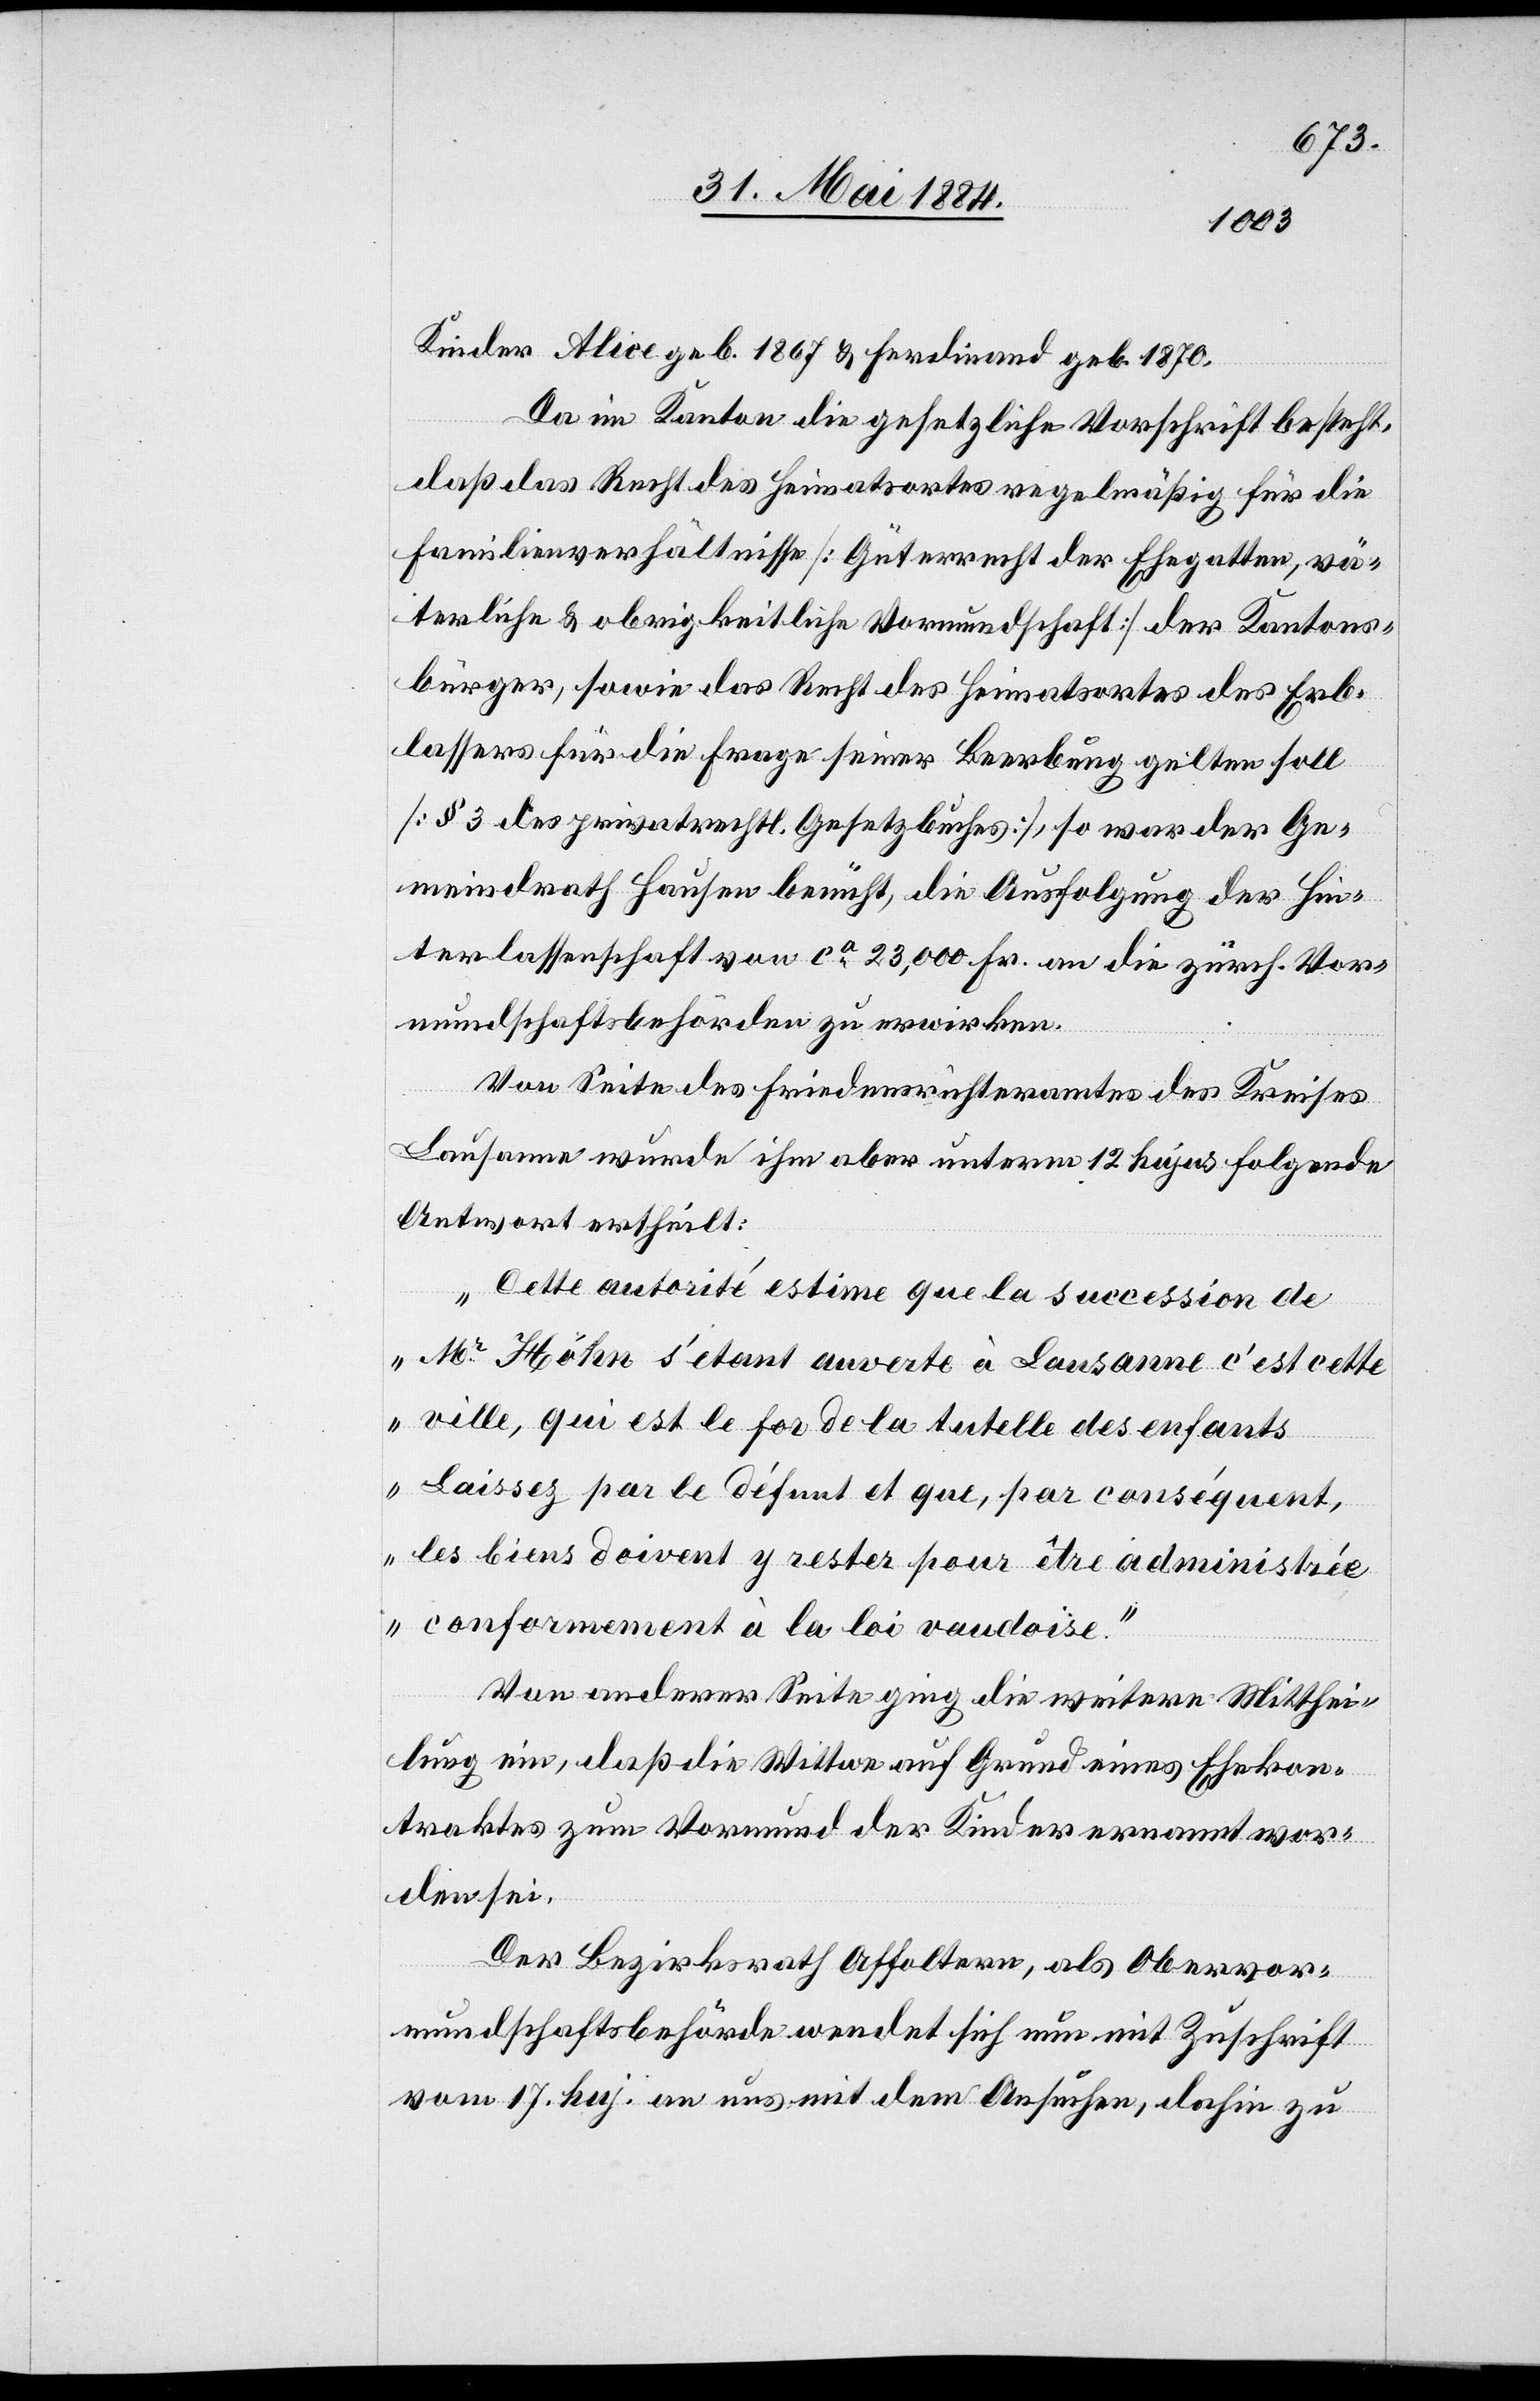
Kinder Alice geb. 1867 & Ferdinand geb. 1870.
Da im Kanton die gesetzliche Vorschrift besteht,
daß das Recht des Heimatsortes regelmäßig für die
Familienverhältnisse [Güterrecht der Ehegatte, vä¬
terliche & obrigkeitliche Vormundschaft] der Kantons¬
bürger, sowie das Recht des Heimatortes des Erb¬
lassers für die Frage seiner Beerbung gelten soll
[§ 3 des privatrechtl. Gesetzbuches], so war der Ge¬
meindrath Hausen bemüht, die Ausfolgung der Hin¬
terlassenschaft von ca 23,000 Fr. an die zürch. Vor¬
mundschaftsbehörden zu erwirken.
Von Seite des Friedensrichteramtes des Kreises
Lausanne wurde ihm aber unterm 12. hujus folgende
Antwort ertheilt:
„Cette autorité estime que la succession de
Mr Höhn s’étant anverte à Lausanne c’est cette
ville, qui est le for de la tutelle des enfant¬
s[.] Laissez par le défent et que, par conséquent,
les biens doivent y rester pour être administr¬
ée conformement à la loi vaudoise.“
Von anderer Seite ging die weitere Mitthei¬
lung ein, daß die Wittwe auf Grund eines Ehekon¬
traktes zum Vormund der Kinder ernannt wor¬
den sei.
Der Bezirksrath Affoltern, als Obervor¬
mundschaftsbehörde wendet sich nun mit Zuschrift
vom 17. huj. an uns mit dem Ansuchen, dahin zu